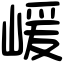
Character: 嵈